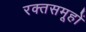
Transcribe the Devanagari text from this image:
रक्तसमूहों